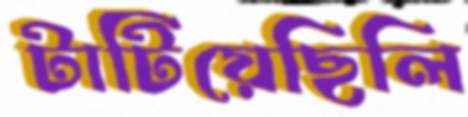
টাটিয়েছিলি